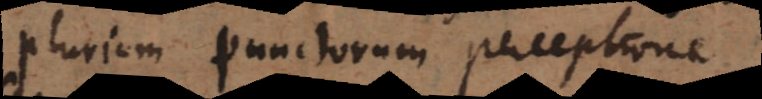
plurium punctorum perceptio